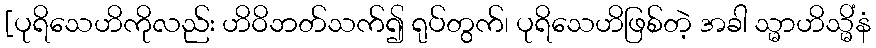
[ပုရိသေဟိကိုလည်း ဟိဝိဘတ်သက်၍ ရုပ်တွက်၊ ပုရိသေဟိဖြစ်တဲ့ အခါ သ္မာဟိသ္မိံနံ